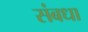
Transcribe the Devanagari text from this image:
संबधा